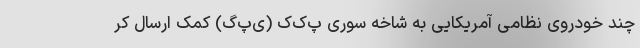
چند خودروی نظامی آمریکایی به شاخه سوری پ‌ک‌ک (ی‌پ‌گ) کمک ارسال کر